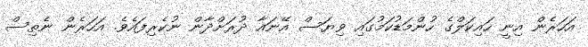
އަހަރެން އިނީ ހައިކަލްގެ ހުންމަޑުކަމުގައި ވިޔަސް އޭނައާ ދުރަށްދާން ނުކެރިފައެވެ. އަހަރެން ނެތިސް